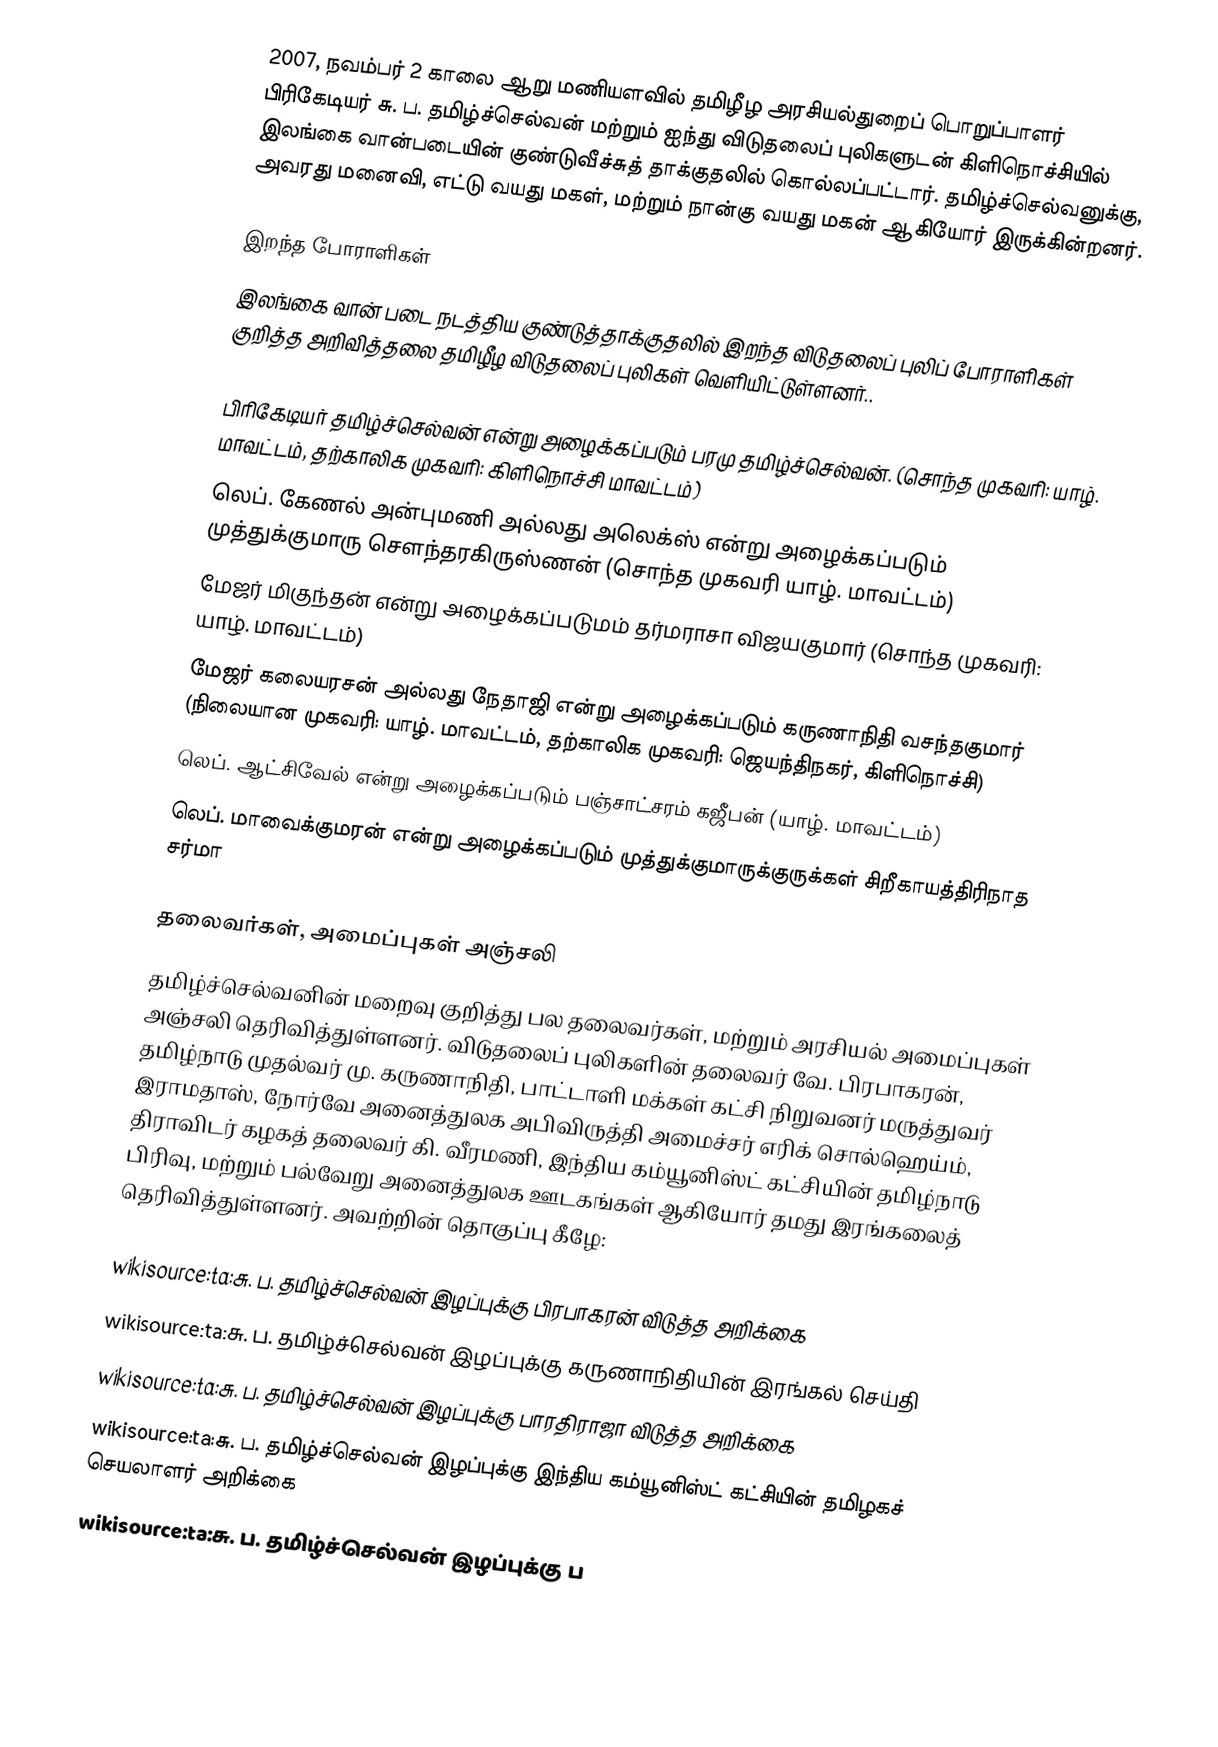
2007, நவம்பர் 2 காலை ஆறு மணியளவில் தமிழீழ அரசியல்துறைப் பொறுப்பாளர் பிரிகேடியர் சு. ப. தமிழ்ச்செல்வன் மற்றும் ஐந்து விடுதலைப் புலிகளுடன் கிளிநொச்சியில் இலங்கை வான்படையின் குண்டுவீச்சுத் தாக்குதலில் கொல்லப்பட்டார். தமிழ்ச்செல்வனுக்கு, அவரது மனைவி, எட்டு வயது மகள், மற்றும் நான்கு வயது மகன் ஆகியோர் இருக்கின்றனர்.

இறந்த போராளிகள்
இலங்கை வான் படை நடத்திய குண்டுத்தாக்குதலில் இறந்த விடுதலைப் புலிப் போராளிகள் குறித்த அறிவித்தலை தமிழீழ விடுதலைப் புலிகள் வெளியிட்டுள்ளனர்..

 பிரிகேடியர் தமிழ்ச்செல்வன் என்று அழைக்கப்படும் பரமு தமிழ்ச்செல்வன். (சொந்த முகவரி: யாழ். மாவட்டம், தற்காலிக முகவரி: கிளிநொச்சி மாவட்டம்)
 லெப். கேணல் அன்புமணி அல்லது அலெக்ஸ் என்று அழைக்கப்படும் முத்துக்குமாரு சௌந்தரகிருஸ்ணன் (சொந்த முகவரி யாழ். மாவட்டம்)
 மேஜர் மிகுந்தன் என்று அழைக்கப்படுமம் தர்மராசா விஜயகுமார் (சொந்த முகவரி: யாழ். மாவட்டம்)
 மேஜர் கலையரசன் அல்லது நேதாஜி என்று அழைக்கப்படும் கருணாநிதி வசந்தகுமார் (நிலையான முகவரி: யாழ். மாவட்டம், தற்காலிக முகவரி: ஜெயந்திநகர், கிளிநொச்சி)
 லெப். ஆட்சிவேல் என்று அழைக்கப்படும் பஞ்சாட்சரம் கஜீபன் (யாழ். மாவட்டம்)
 லெப். மாவைக்குமரன் என்று அழைக்கப்படும் முத்துக்குமாருக்குருக்கள் சிறீகாயத்திரிநாத சர்மா

தலைவர்கள், அமைப்புகள் அஞ்சலி
தமிழ்ச்செல்வனின் மறைவு குறித்து பல தலைவர்கள், மற்றும் அரசியல் அமைப்புகள் அஞ்சலி தெரிவித்துள்ளனர். விடுதலைப் புலிகளின் தலைவர் வே. பிரபாகரன், தமிழ்நாடு முதல்வர் மு. கருணாநிதி, பாட்டாளி மக்கள் கட்சி நிறுவனர் மருத்துவர் இராமதாஸ், நோர்வே அனைத்துலக அபிவிருத்தி அமைச்சர் எரிக் சொல்ஹெய்ம், திராவிடர் கழகத் தலைவர் கி. வீரமணி, இந்திய கம்யூனிஸ்ட் கட்சியின் தமிழ்நாடு பிரிவு, மற்றும் பல்வேறு அனைத்துலக ஊடகங்கள் ஆகியோர் தமது இரங்கலைத் தெரிவித்துள்ளனர்.  அவற்றின் தொகுப்பு கீழே:

 wikisource:ta:சு. ப. தமிழ்ச்செல்வன் இழப்புக்கு பிரபாகரன் விடுத்த அறிக்கை
 wikisource:ta:சு. ப. தமிழ்ச்செல்வன் இழப்புக்கு கருணாநிதியின் இரங்கல் செய்தி
 wikisource:ta:சு. ப. தமிழ்ச்செல்வன் இழப்புக்கு பாரதிராஜா விடுத்த அறிக்கை
 wikisource:ta:சு. ப. தமிழ்ச்செல்வன் இழப்புக்கு இந்திய கம்யூனிஸ்ட் கட்சியின் தமிழகச் செயலாளர் அறிக்கை
 wikisource:ta:சு. ப. தமிழ்ச்செல்வன் இழப்புக்கு ப